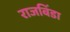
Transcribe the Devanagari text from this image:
राजबिंडा